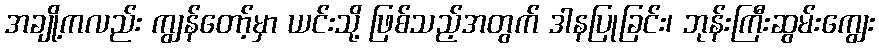
အချို့ကလည်း ကျွန်တော့်မှာ ယင်းသို့ ဖြစ်သည့်အတွက် ဒါနပြုခြင်း၊ ဘုန်းကြီးဆွမ်းကျွေး